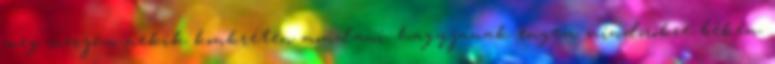
meg merjem nekik kon­k­réten mondani: hagyjanak engem mindörökre békén.